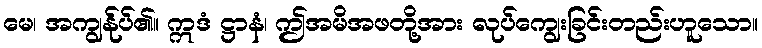
မေ၊ အကျွန်ုပ်၏။ ဣဒံ ဋ္ဌာနံ၊ ဤအမိအဖတို့အား လုပ်ကျွေးခြင်းတည်းဟူသော။